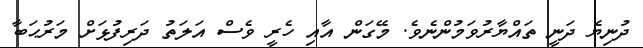
ދުނިޔެ ދަނީ ތައްޔާރުވަމުންނެވެ. މޭގަން އާއި ހެރީ ވެސް އަލަތު ދަރިފުޅަށް މަރުޙަބާ